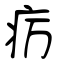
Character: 疠